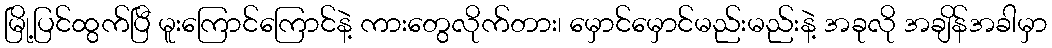
မြို့ပြင်ထွက်ပြီ မူးကြောင်ကြောင်နဲ့ ကားတွေလိုက်တား၊ မှောင်မှောင်မည်းမည်းနဲ့ အခုလို အချိန်အခါမှာ